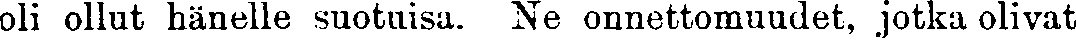
oli ollut hänelle suotuisa. Ne onnettomuudet, jotka olivat